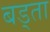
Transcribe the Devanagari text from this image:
बड्ता